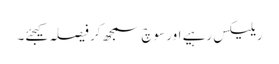
ریلیکس رہیے اور سوچ سمجھ کر فیصلہ کیجئے۔